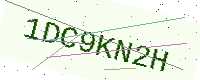
Text: 1DC9KN2H